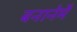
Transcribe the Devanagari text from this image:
बनानेमैं